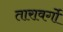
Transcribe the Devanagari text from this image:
तारावर्गो